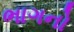
ભાગનો